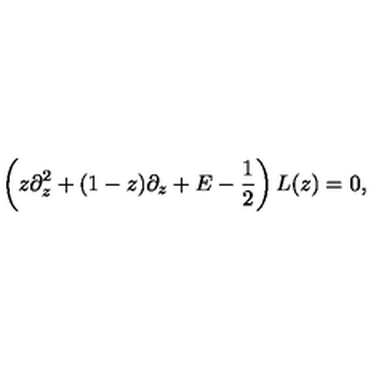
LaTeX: \left( z \partial _ { z } ^ { 2 } + ( 1 - z ) \partial _ { z } + E - { \frac { 1 } { 2 } } \right) L ( z ) = 0 ,